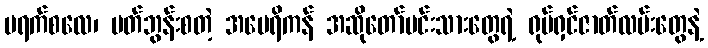
ပရက်စလေ၊ ပတ်ဘွန်းစတဲ့ အမေရိကန် အဆိုတော်မင်းသားတွေရဲ့ ရုပ်ရှင်ဇာတ်လမ်းတွေနဲ့